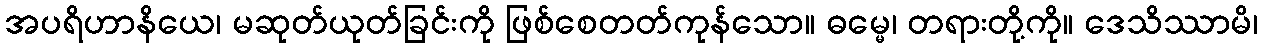
အပရိဟာနိယေ၊ မဆုတ်ယုတ်ခြင်းကို ဖြစ်စေတတ်ကုန်သော။ ဓမ္မေ၊ တရားတို့ကို။ ဒေသိဿာမိ၊